Indian journal of veterinary science and animal husbandry - Volumes 22-23, 1952-1953
Year: 1952
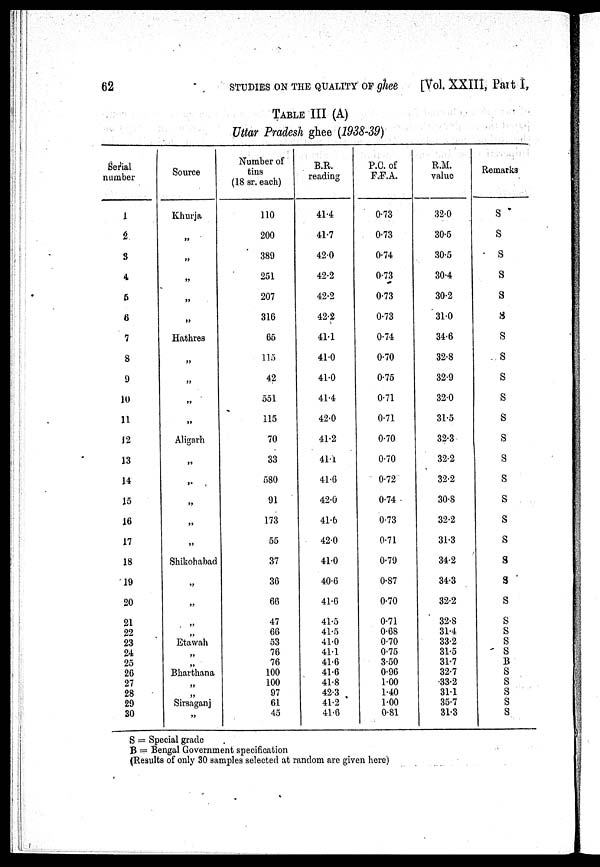
62 STUDIES ON THE QUALITY OF ghee
[Vol. XXIII, Part I,
TABLE III (A)
Uttar Pradesh ghee (1938-39)
Serial
number
1
2
3
4
5
6
7
8
9
10
11
12
13
14
15
16
17
18
19
20
21
22
23
24
25
26
27
28
29
30
Source
Khurja
„
„
„
„
„
Hathres
„
„
„
„
Aligarh
„
„
„
„
„
Shikohabad
„
„
„
„
Etawah
„
„
Bharthana
„
„
Sirsaganj
„
Number of
tins
(18 sr. each)
110
200
389
251
207
316
65
115
42
551
115
70
33
580
91
173
55
37
36
66
47
66
53
76
76
100
100
97
61
45
B.R.
reading
41.4
41.7
42.0
42.2
42.2
42.2
41.1
41.0
41.0
41.4
42.0
41.2
41.1
41.6
42.0
41.6
42.0
41.0
40.6
41.6
41.5
41.5
41.0
41.1
41.6
41.6
41.8
42.3
41.2
41.6
P.C. of
F.F.A.
0.73
0.73
0.74
0.73
0.73
0.73
0.74
0.70
0.75
0.71
0.71
0.70
0.70
0.72
0.74
0.73
0.71
0.79
0.87
0.70
0.71
0.68
0.70
0.75
3.50
0.96
1.00
1.40
1.00
0.81
R.M.
value
32.0
30.5
30.5
30.4
30.2
31.0
34.6
32.8
32.9
32.0
31.5
32.3
32.2
32.2
30.8
32.2
31.3
34.2
34.3
32.2
32.8
31.4
33.2
31.5
31.7
32.7
33.2
31.1
35.7
31.3
Remarks
S
S
S
S
S
S
S
S
S
S
S
S
S
S
S
S
S
S
S
S
S
S
S
S S
S
S
S
S
S
S = Special grade
B = Bengal Government specification
(Results of only 30 samples selected at random are given here)